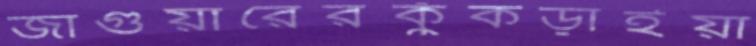
জাগুয়ারেরকুঁকড়াইয়া